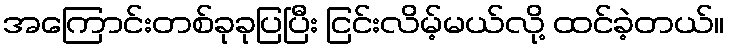
အကြောင်းတစ်ခုခုပြပြီး ငြင်းလိမ့်မယ်လို့ ထင်ခဲ့တယ်။